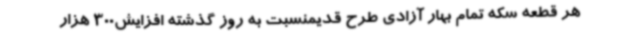
هر قطعه سکه تمام بهار آزادی طرح قدیمنسبت به روز گذشته افزایش300 هزار